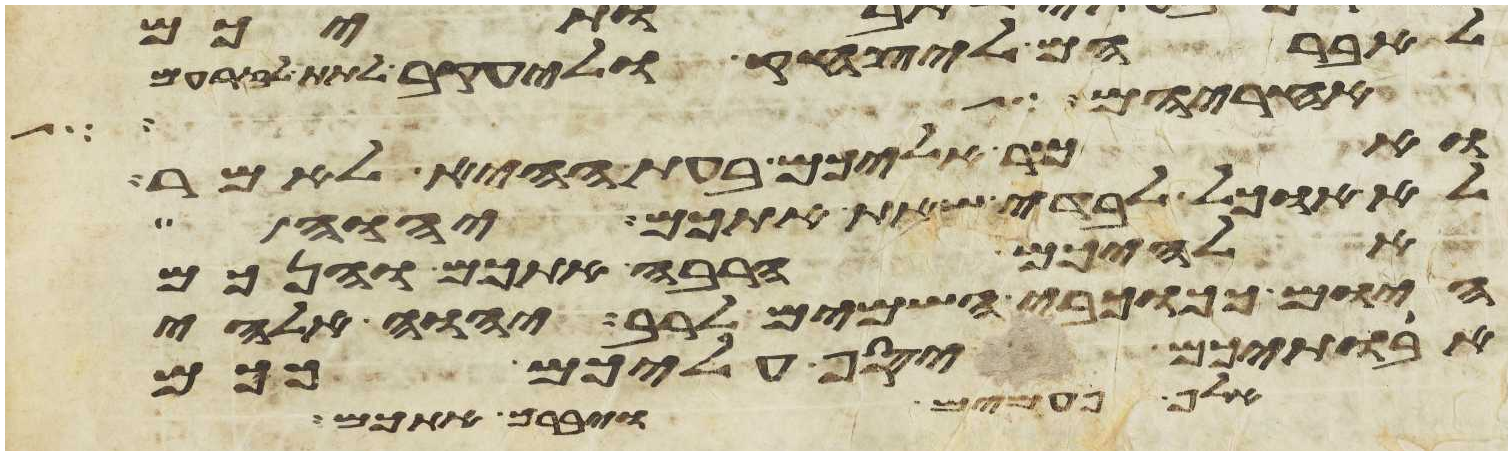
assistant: לאברהם ליצחק וליעקב לתת לזרעם
אחריהם לך
ואמר אליכם בעת ההיא לאמר
לא אוכל לבדי שאת אתכם יהוה
אלהיכם הרבה אתכם והנכם
היום ככוכבי השמים לרב יהוה אלהי
אבתיכם יסף עליכם ככם
אלף פעמים ויברך אתכם